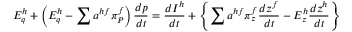
E _ { q } ^ { h } + \left( E _ { q } ^ { h } - \sum a ^ { h f } \pi _ { P } ^ { f } \right) { \frac { d p } { d t } } = { \frac { d I ^ { h } } { d t } } + \left\{ \sum a ^ { h f } \pi _ { z } ^ { f } { \frac { d z ^ { f } } { d t } } - E _ { z } ^ { h } { \frac { d z ^ { h } } { d t } } \right\}